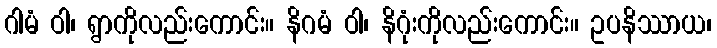
ဂါမံ ဝါ၊ ရွာကိုလည်းကောင်း။ နိဂမံ ဝါ၊ နိဂုံးကိုလည်းကောင်း။ ဥပနိဿာယ၊